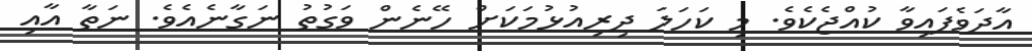
އާދަވެފައިވާ ކުއްޖެކެވެ. މި ކަހަލަ ދިރިއުޅުމަކަށް ހޭނެން ވަގުތު ނަގާނެއެވެ. ނަތާ އާއި